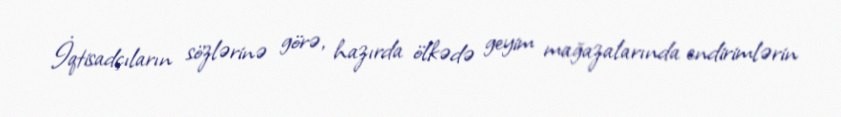
İqtisadçıların sözlərinə görə, hazırda ölkədə geyim mağazalarında endirimlərin